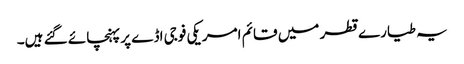
یہ طیارے قطر میں قائم امریکی فوجی اڈے پر پہنچائے گئے ہیں۔